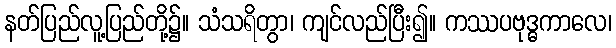
နတ်ပြည်လူ့ပြည်တို့၌။ သံသရိတွာ၊ ကျင်လည်ပြီး၍။ ကဿပဗုဒ္ဓကာလေ၊